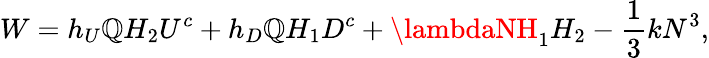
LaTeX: W=h_{U}\mathbb{Q}H_{2}U^{c}+h_{D}\mathbb{Q}H_{1}D^{c}+\lambdaNH_{1}H_{2}-\frac{{1}}{{3}}kN^{3},